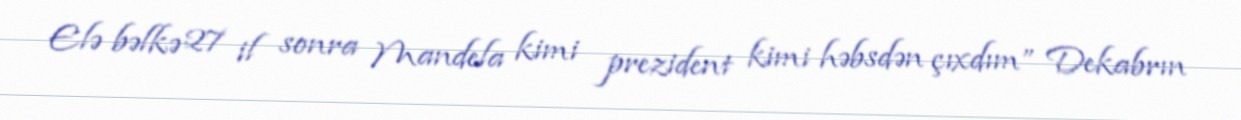
Elə bəlkə 27 il sonra Mandela kimi prezident kimi həbsdən çıxdım” Dekabrın